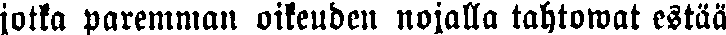
jotka paremman oikeuden nojalla tahtowat estää